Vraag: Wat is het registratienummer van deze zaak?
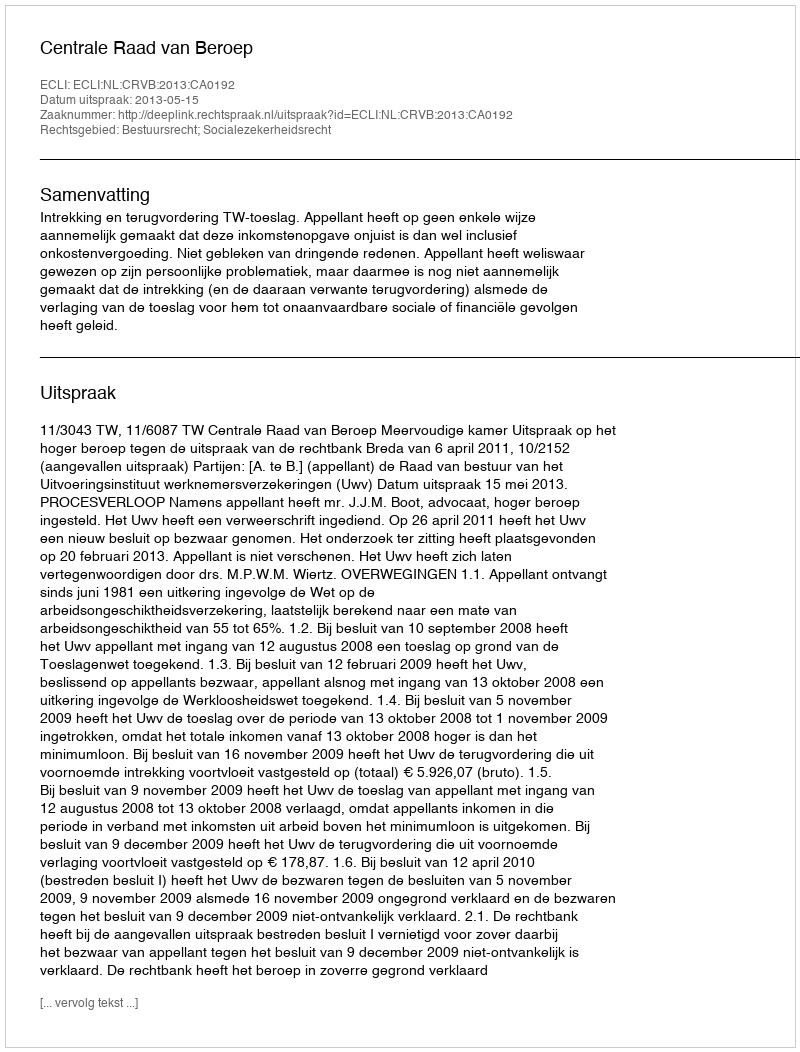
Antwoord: http://deeplink.rechtspraak.nl/uitspraak?id=ECLI:NL:CRVB:2013:CA0192